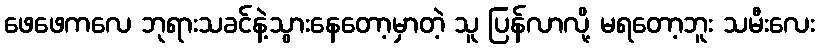
ဖေဖေကလေ ဘုရားသခင်နဲ့သွားနေတော့မှာတဲ့ သူ ပြန်လာလို့ မရတော့ဘူး သမီးလေး